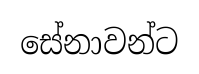
සේනාවන්ට